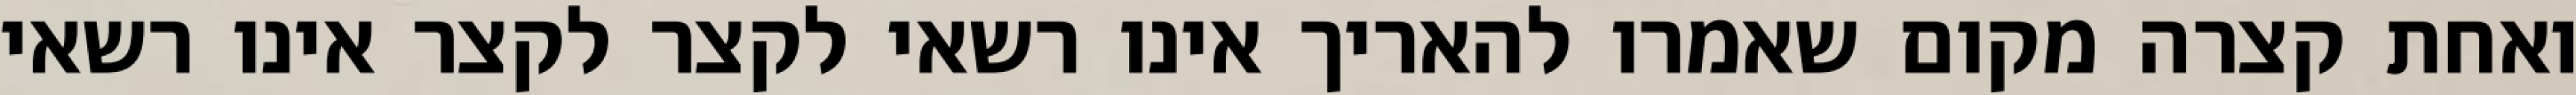
ואחת קצרה מקום שאמרו להאריך אינו רשאי לקצר לקצר אינו רשאי